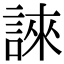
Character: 誺